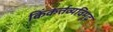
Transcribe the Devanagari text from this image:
किंकर्त्तव्यविमूढ़